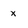
Character: x